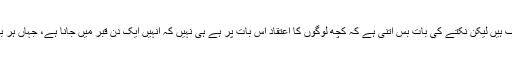
سب سوالوں کے جواب صاف ہیں لیکن نکتے کی بات بس اتنی ہے کہ کچھ لوگوں کا اعتقاد اس بات پر ہے ہی نہیں کہ انہیں ایک دن قبر میں جانا ہے، جہاں ہر بات کی پوچھ گچھ ہونی ہے۔